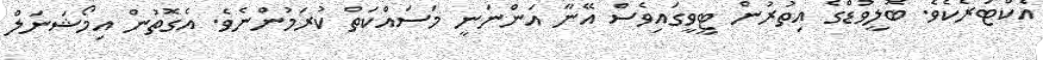
އެކްޓަރެކެވެ. ބޮލީވުޑްގެ އިތުރުން ޓީވީގައިވެސް އޭނާ އަންނަނީ މަސައްކަތް ކުރަމުންނެވެ. އެގޮތުން އިމޯޝަނަލް